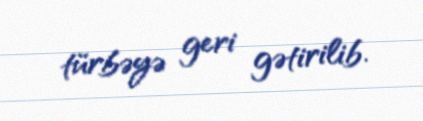
türbəyə geri gətirilib.